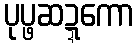
ပုပ္ဖဆဍ္ဍကော